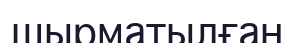
шырматылған